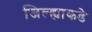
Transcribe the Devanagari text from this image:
जिल्ह्याकडे